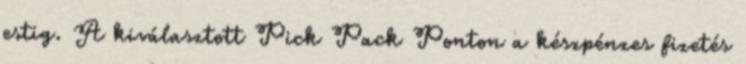
estig. A kiválasztott Pick Pack Ponton a készpénzes fizetés